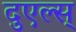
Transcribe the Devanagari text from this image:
दुएल्स्